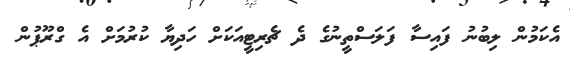
އެކަމުން ލިބުނު ފައިސާ ފަލަސްތީނުގެ ދެ ޗެރިޓީއަކަށް ހަދިޔާ ކުރުމަށް އެ ގްރޫޕުން